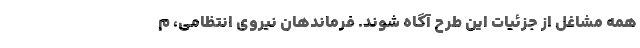
همه مشاغل از جزئیات این طرح آگاه شوند. فرماندهان نیروی انتظامی، م